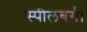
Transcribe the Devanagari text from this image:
स्पीलबर्ग।